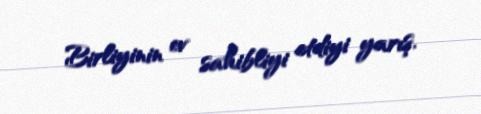
Birliyinin ev sahibliyi etdiyi yarış.